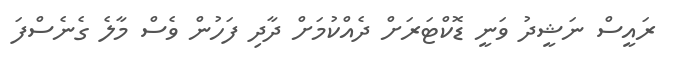
ރައީސް ނަޝީދު ވަނީ ޑޮކްޓަރަށް ދެއްކުމަށް ދާދި ފަހުން ވެސް މާލެ ގެނެސްފަ